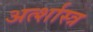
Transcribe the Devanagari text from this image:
अर्त्शास्त्र